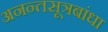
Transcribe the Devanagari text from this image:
अनन्तसूत्रबांधा